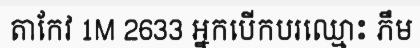
តាកែវ 1M 2633 អ្នកបើកបរឈ្មោះ ភឹម